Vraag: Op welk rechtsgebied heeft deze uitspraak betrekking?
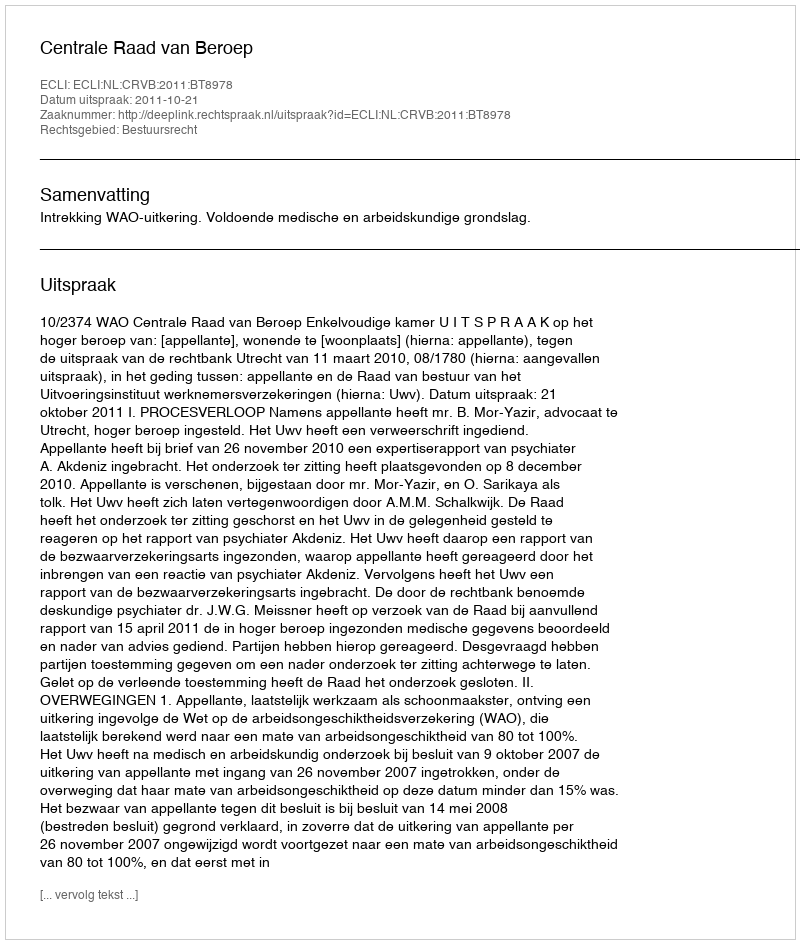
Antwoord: Bestuursrecht